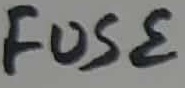
Text: FUSE